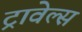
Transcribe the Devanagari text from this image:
ट्रावेल्स